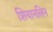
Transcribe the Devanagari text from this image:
शियानलिन